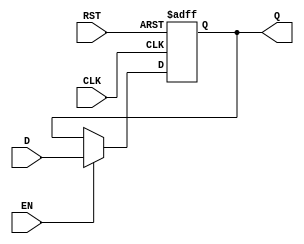
module barrier_register #(
    parameter WIDTH = 8 // Parameter to define the width of the data inputs/outputs
)(
    input  wire [WIDTH-1:0] D,   // Data Inputs
    input  wire EN,               // Enable Signal
    input  wire CLK,              // Clock Signal
    input  wire RST,              // Asynchronous Reset Signal
    output reg  [WIDTH-1:0] Q     // Data Outputs
);

// Asynchronous reset and synchronous data latching
always @(posedge CLK or posedge RST) begin
    if (RST) begin
        Q <= {WIDTH{1'b0}}; // Clear register to zero
    end else if (EN) begin
        Q <= D; // Latch the input data
    end
    // If RST is low and EN is low, Q retains its current value
end

endmodule